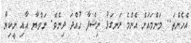
އެހެންތަ.. މަންމައަށް އެންމެ ރަނގަޅު ނިޝްފާ ހުއްދަ ދިނެވެ. ނަވްޔާ އާއި ނީކިޔާ